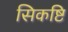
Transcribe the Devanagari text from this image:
सिकष्टि